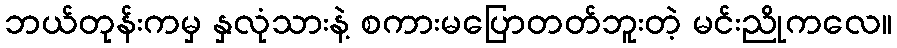
ဘယ်တုန်းကမှ နှလုံသားနဲ့ စကားမပြောတတ်ဘူးတဲ့ မင်းညိုကလေ။